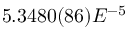
5 . 3 4 8 0 ( 8 6 ) E ^ { - 5 }